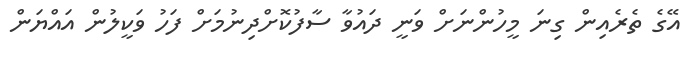
އޭގެ ތެރެއިން ގިނަ މީހުންނަށް ވަނީ ދައުވާ ސާފުކޮށްދިނުމަށް ފަހު ވަކީލުން އައްޔަން